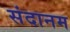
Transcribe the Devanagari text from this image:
संदानम